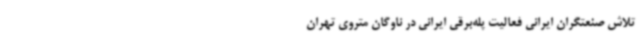
تلاش صنعتگران ایرانی فعالیت پله‌برقی ایرانی در ناوگان متروی تهران